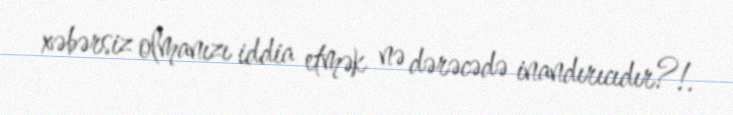
xəbərsiz olmanızı iddia etmək nə dərəcədə inandırıcıdır?!.